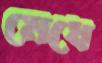
মেধে